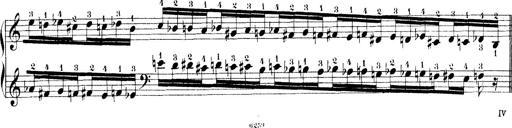
Title: Technische Studien
Composer: Franz Liszt